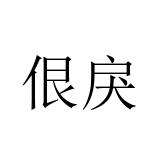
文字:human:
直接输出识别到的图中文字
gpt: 佷戾